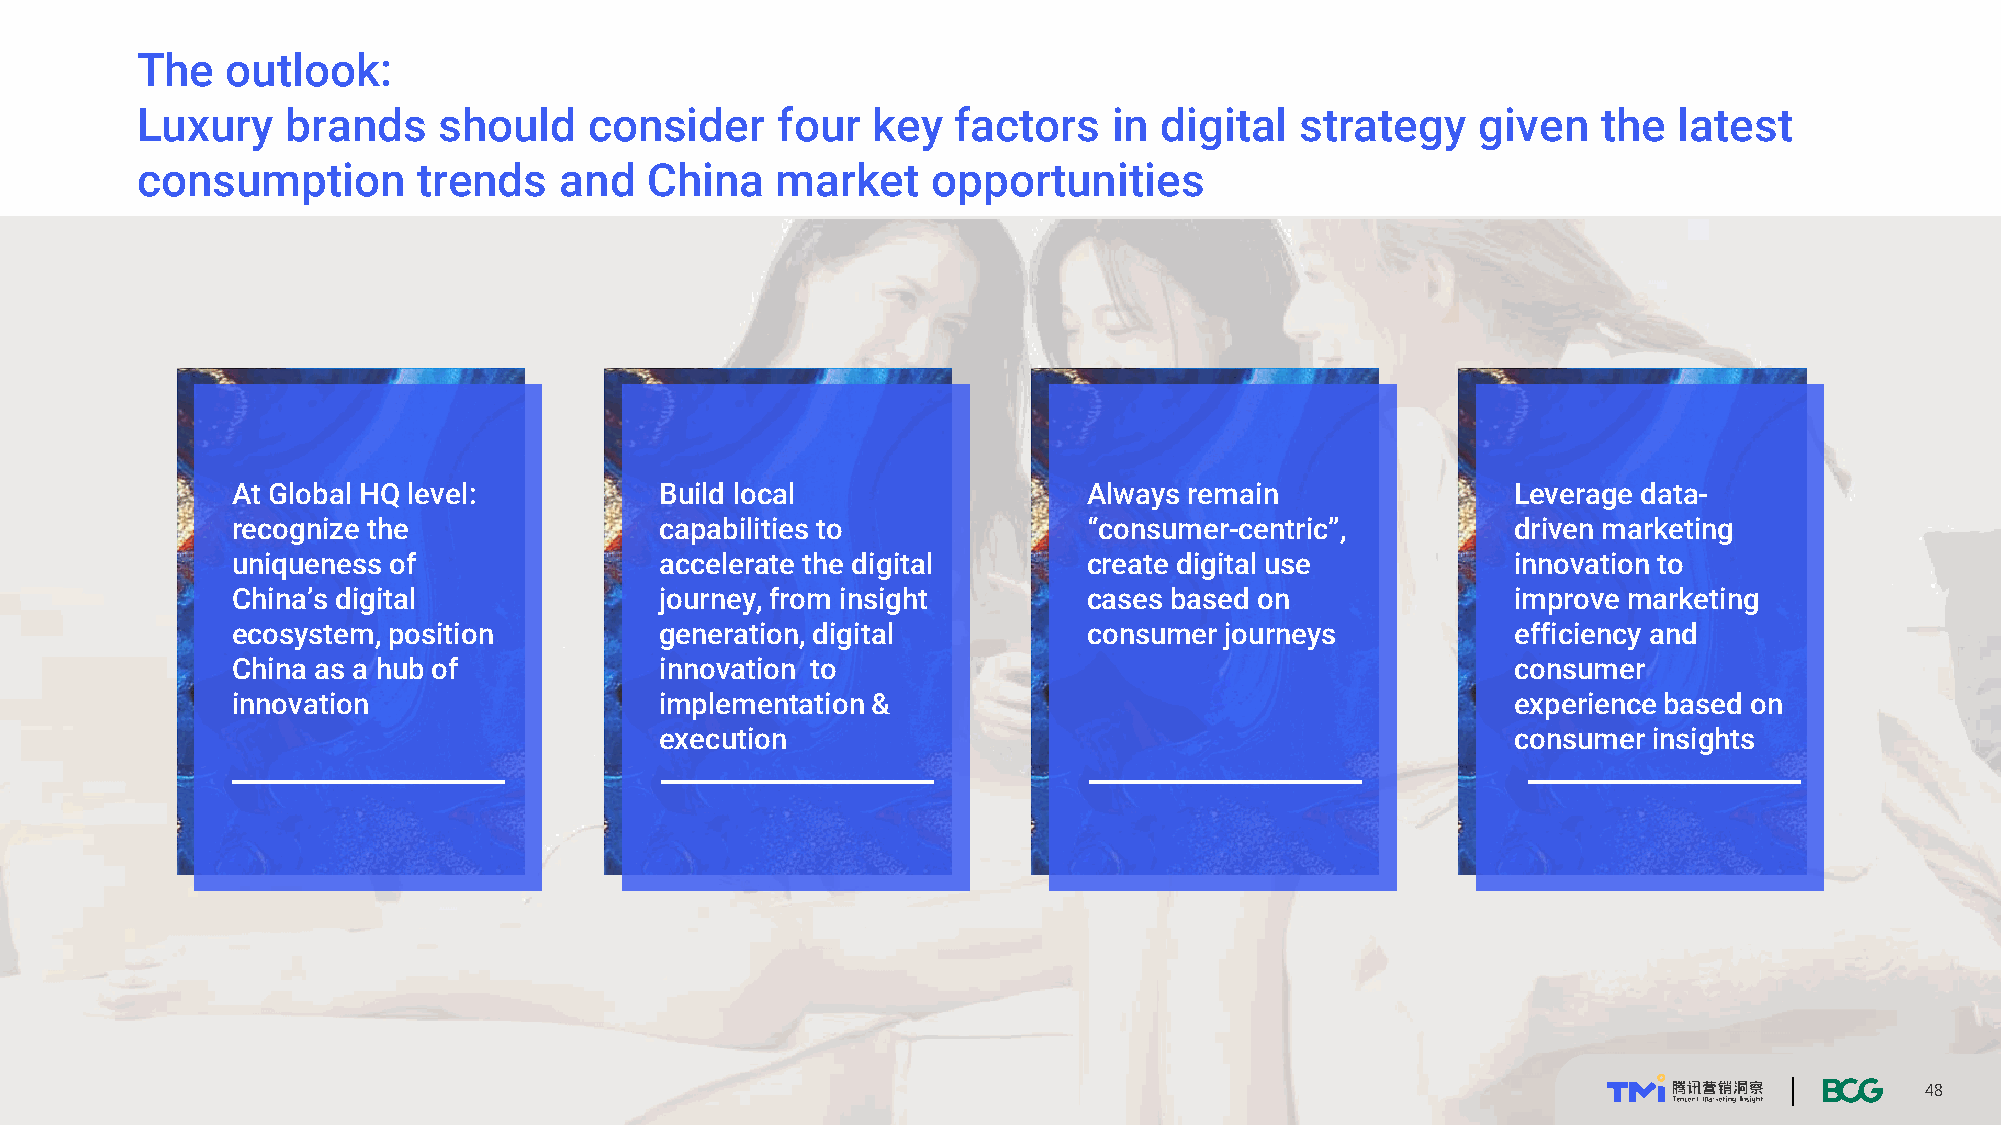
The   outlook:
 Luxury    brands    should    consider    four   key  factors    in digital  strategy    given   the  latest
 consumption        trends   and   China   market     opportunities
 At Global HQ level:          Build local                 Always remain               Leverage data-
 recognize the                capabilities to             “consumer-centric”,         driven marketing
 uniqueness of                accelerate the digital      create digital use          innovation to
 China’s digital              journey, from insight       cases based on              improve marketing
 ecosystem, position          generation, digital         consumer journeys           efficiency and
 China as a hub of            innovation to                                           consumer
 innovation                   implementation &                                        experience based on
 execution                                               consumer insights
 4488